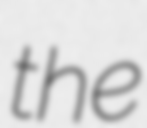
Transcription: the